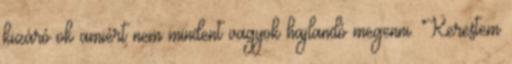
kizáró ok amiért nem mindent vagyok hajlandó megenni. Kerestem